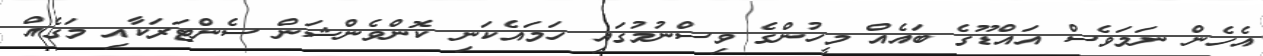
އެހެން ނަމަވެސް އައްޑޫގެ ބައެއް މީހުންގެ ވިސްނުމުގައި ހަމައެކަނި ކޮންވެންޝަން ސެންޓަރަކާއި މަގެއް